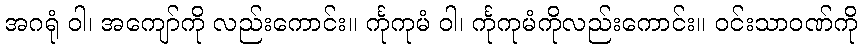
အဂရုံ ဝါ၊ အကျော်ကို လည်းကောင်း။ င်္ကုကုမံ ဝါ၊ င်္ကုကုမံကိုလည်းကောင်း။ ဝင်းသာဝဏ်ကို